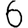
Digit: 6